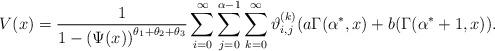
LaTeX: \begin{align*}V(x)=\frac{1}{1-\left( \Psi (x)\right) ^{\theta _{1}+\theta _{2}+\theta _{3}}}\sum_{i=0}^{\infty }\sum_{j=0}^{\alpha -1}\sum_{k=0}^{\infty }\vartheta_{i,j}^{(k)}(a\Gamma (\alpha ^{\ast },x)+b(\Gamma (\alpha ^{\ast }+1,x)).\end{align*}